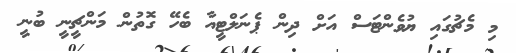
މި މެޗުގައި ޔުވެންޓަސް އަށް ދިން ޕެނަލްޓީއާ ބެހޭ ގޮތުން މަންޗީނީ ބުނީ